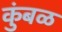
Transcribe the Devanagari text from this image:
कुंबळ